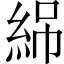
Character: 𬗏